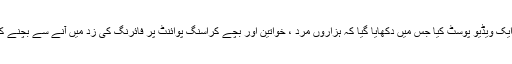
اپوزیشن ارکان نے کل ایک ویڈیو پوسٹ کیا جس میں دکھایا گیا کہ ہزاروں مرد ، خواتین اور بچے کراسنگ پوائنٹ پر فائرنگ کی زد میں آنے سے بچنے کے لیے دوڑ رہے ہیں ۔